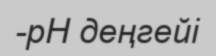
-pH деңгейі